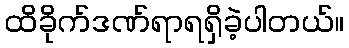
ထိခိုက်ဒဏ်ရာရရှိခဲ့ပါတယ်။